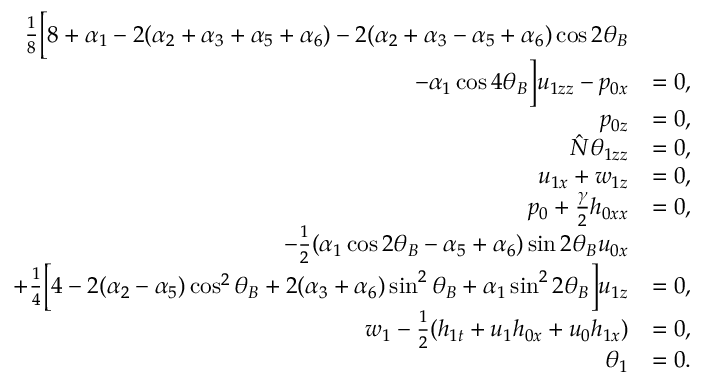
\begin{array} { r l } { \frac { 1 } { 8 } \Big [ 8 + \alpha _ { 1 } - 2 ( \alpha _ { 2 } + \alpha _ { 3 } + \alpha _ { 5 } + \alpha _ { 6 } ) - 2 ( \alpha _ { 2 } + \alpha _ { 3 } - \alpha _ { 5 } + \alpha _ { 6 } ) \cos { 2 \theta _ { B } } } \\ { - \alpha _ { 1 } \cos { 4 \theta _ { B } } \Big ] u _ { 1 z z } - p _ { 0 x } } & { = 0 , } \\ { p _ { 0 z } } & { = 0 , } \\ { \hat { N } \theta _ { 1 z z } } & { = 0 , } \\ { u _ { 1 x } + w _ { 1 z } } & { = 0 , } \\ { p _ { 0 } + \frac { \gamma } { 2 } h _ { 0 x x } } & { = 0 , } \\ { - \frac { 1 } { 2 } ( \alpha _ { 1 } \cos { 2 \theta _ { B } } - \alpha _ { 5 } + \alpha _ { 6 } ) \sin { 2 \theta _ { B } } u _ { 0 x } } \\ { + \frac { 1 } { 4 } \Big [ 4 - 2 ( \alpha _ { 2 } - \alpha _ { 5 } ) \cos ^ { 2 } { \theta _ { B } } + 2 ( \alpha _ { 3 } + \alpha _ { 6 } ) \sin ^ { 2 } { \theta _ { B } } + \alpha _ { 1 } \sin ^ { 2 } { 2 \theta _ { B } } \Big ] u _ { 1 z } } & { = 0 , } \\ { w _ { 1 } - \frac { 1 } { 2 } ( h _ { 1 t } + u _ { 1 } h _ { 0 x } + u _ { 0 } h _ { 1 x } ) } & { = 0 , } \\ { \theta _ { 1 } } & { = 0 . } \end{array}